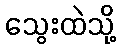
သွေးထဲသို့